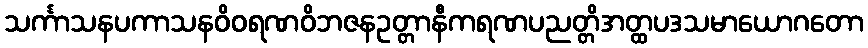
သင်္ကာသနပကာသနဝိဝရဏဝိဘဇနဥတ္တာနီကရဏပညတ္တိအတ္ထပဒသမာယောဂတော